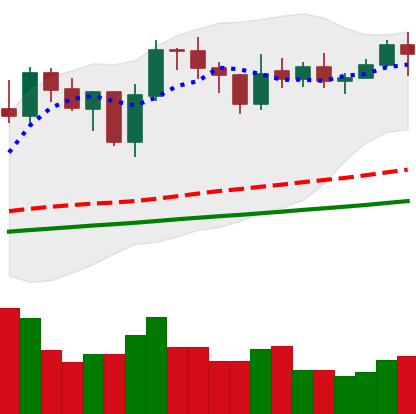
Ticker: LINK-USD
Chart end date: 2021-02-04
Forward return: 12.634%
Label: up_7plus